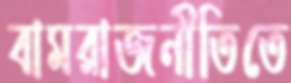
বামরাজনীতিতে